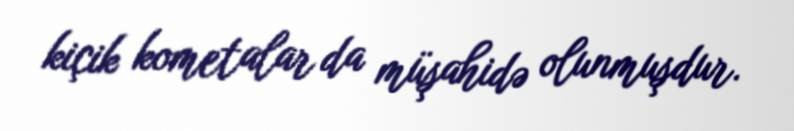
kiçik kometalar da müşahidə olunmuşdur.